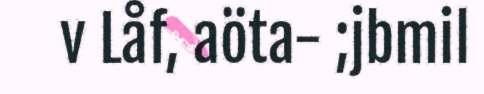
v Låf, aöta- ;jbmil